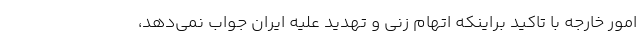
امور خارجه با تاکید براینکه اتهام زنی و تهدید علیه ایران جواب نمی‌دهد،